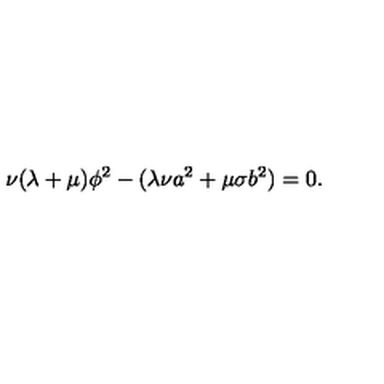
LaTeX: \nu ( \lambda + \mu ) \phi ^ { 2 } - ( \lambda \nu a ^ { 2 } + \mu \sigma b ^ { 2 } ) = 0 .